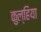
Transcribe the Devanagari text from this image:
कुल्हिया